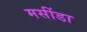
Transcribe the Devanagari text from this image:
मसींडा